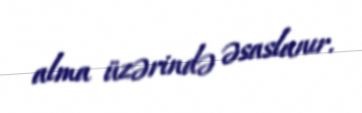
alma üzərində əsaslanır.